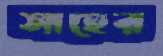
সাহের